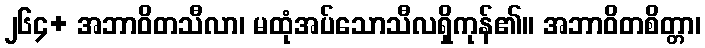
၂၆၄+ အဘာဝိတသီလာ၊ မထုံအပ်သောသီလရှိကုန်၏။ အဘာဝိတစိတ္တာ၊